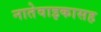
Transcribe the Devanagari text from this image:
नातेवाइकासह